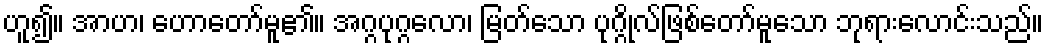
ဟူ၍။ အာဟ၊ ဟောတော်မူ၏။ အဂ္ဂပုဂ္ဂလော၊ မြတ်သော ပုဂ္ဂိုလ်ဖြစ်တော်မူသော ဘုရားလောင်းသည်။